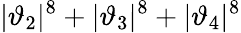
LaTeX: |\vartheta_{2}|^{8}+|\vartheta_{3}|^{8}+|\vartheta_{4}|^{8}